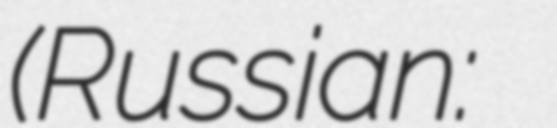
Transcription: (Russian: Ма́лая